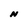
Character: N